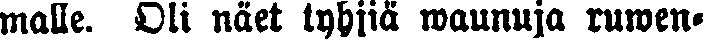
malle. Oli näet tyhjiä waunuja ruwen-